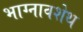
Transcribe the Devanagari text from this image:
भाग्नावशेथ